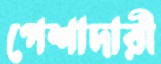
পেশাদারী